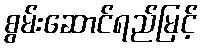
စွမ်းဆောင်ရည်မြင့်